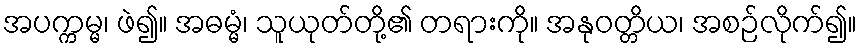
အပက္ကမ္မ၊ ဖဲ၍။ အဓမ္မံ၊ သူယုတ်တို့၏ တရားကို။ အနုဝတ္တိယ၊ အစဉ်လိုက်၍။